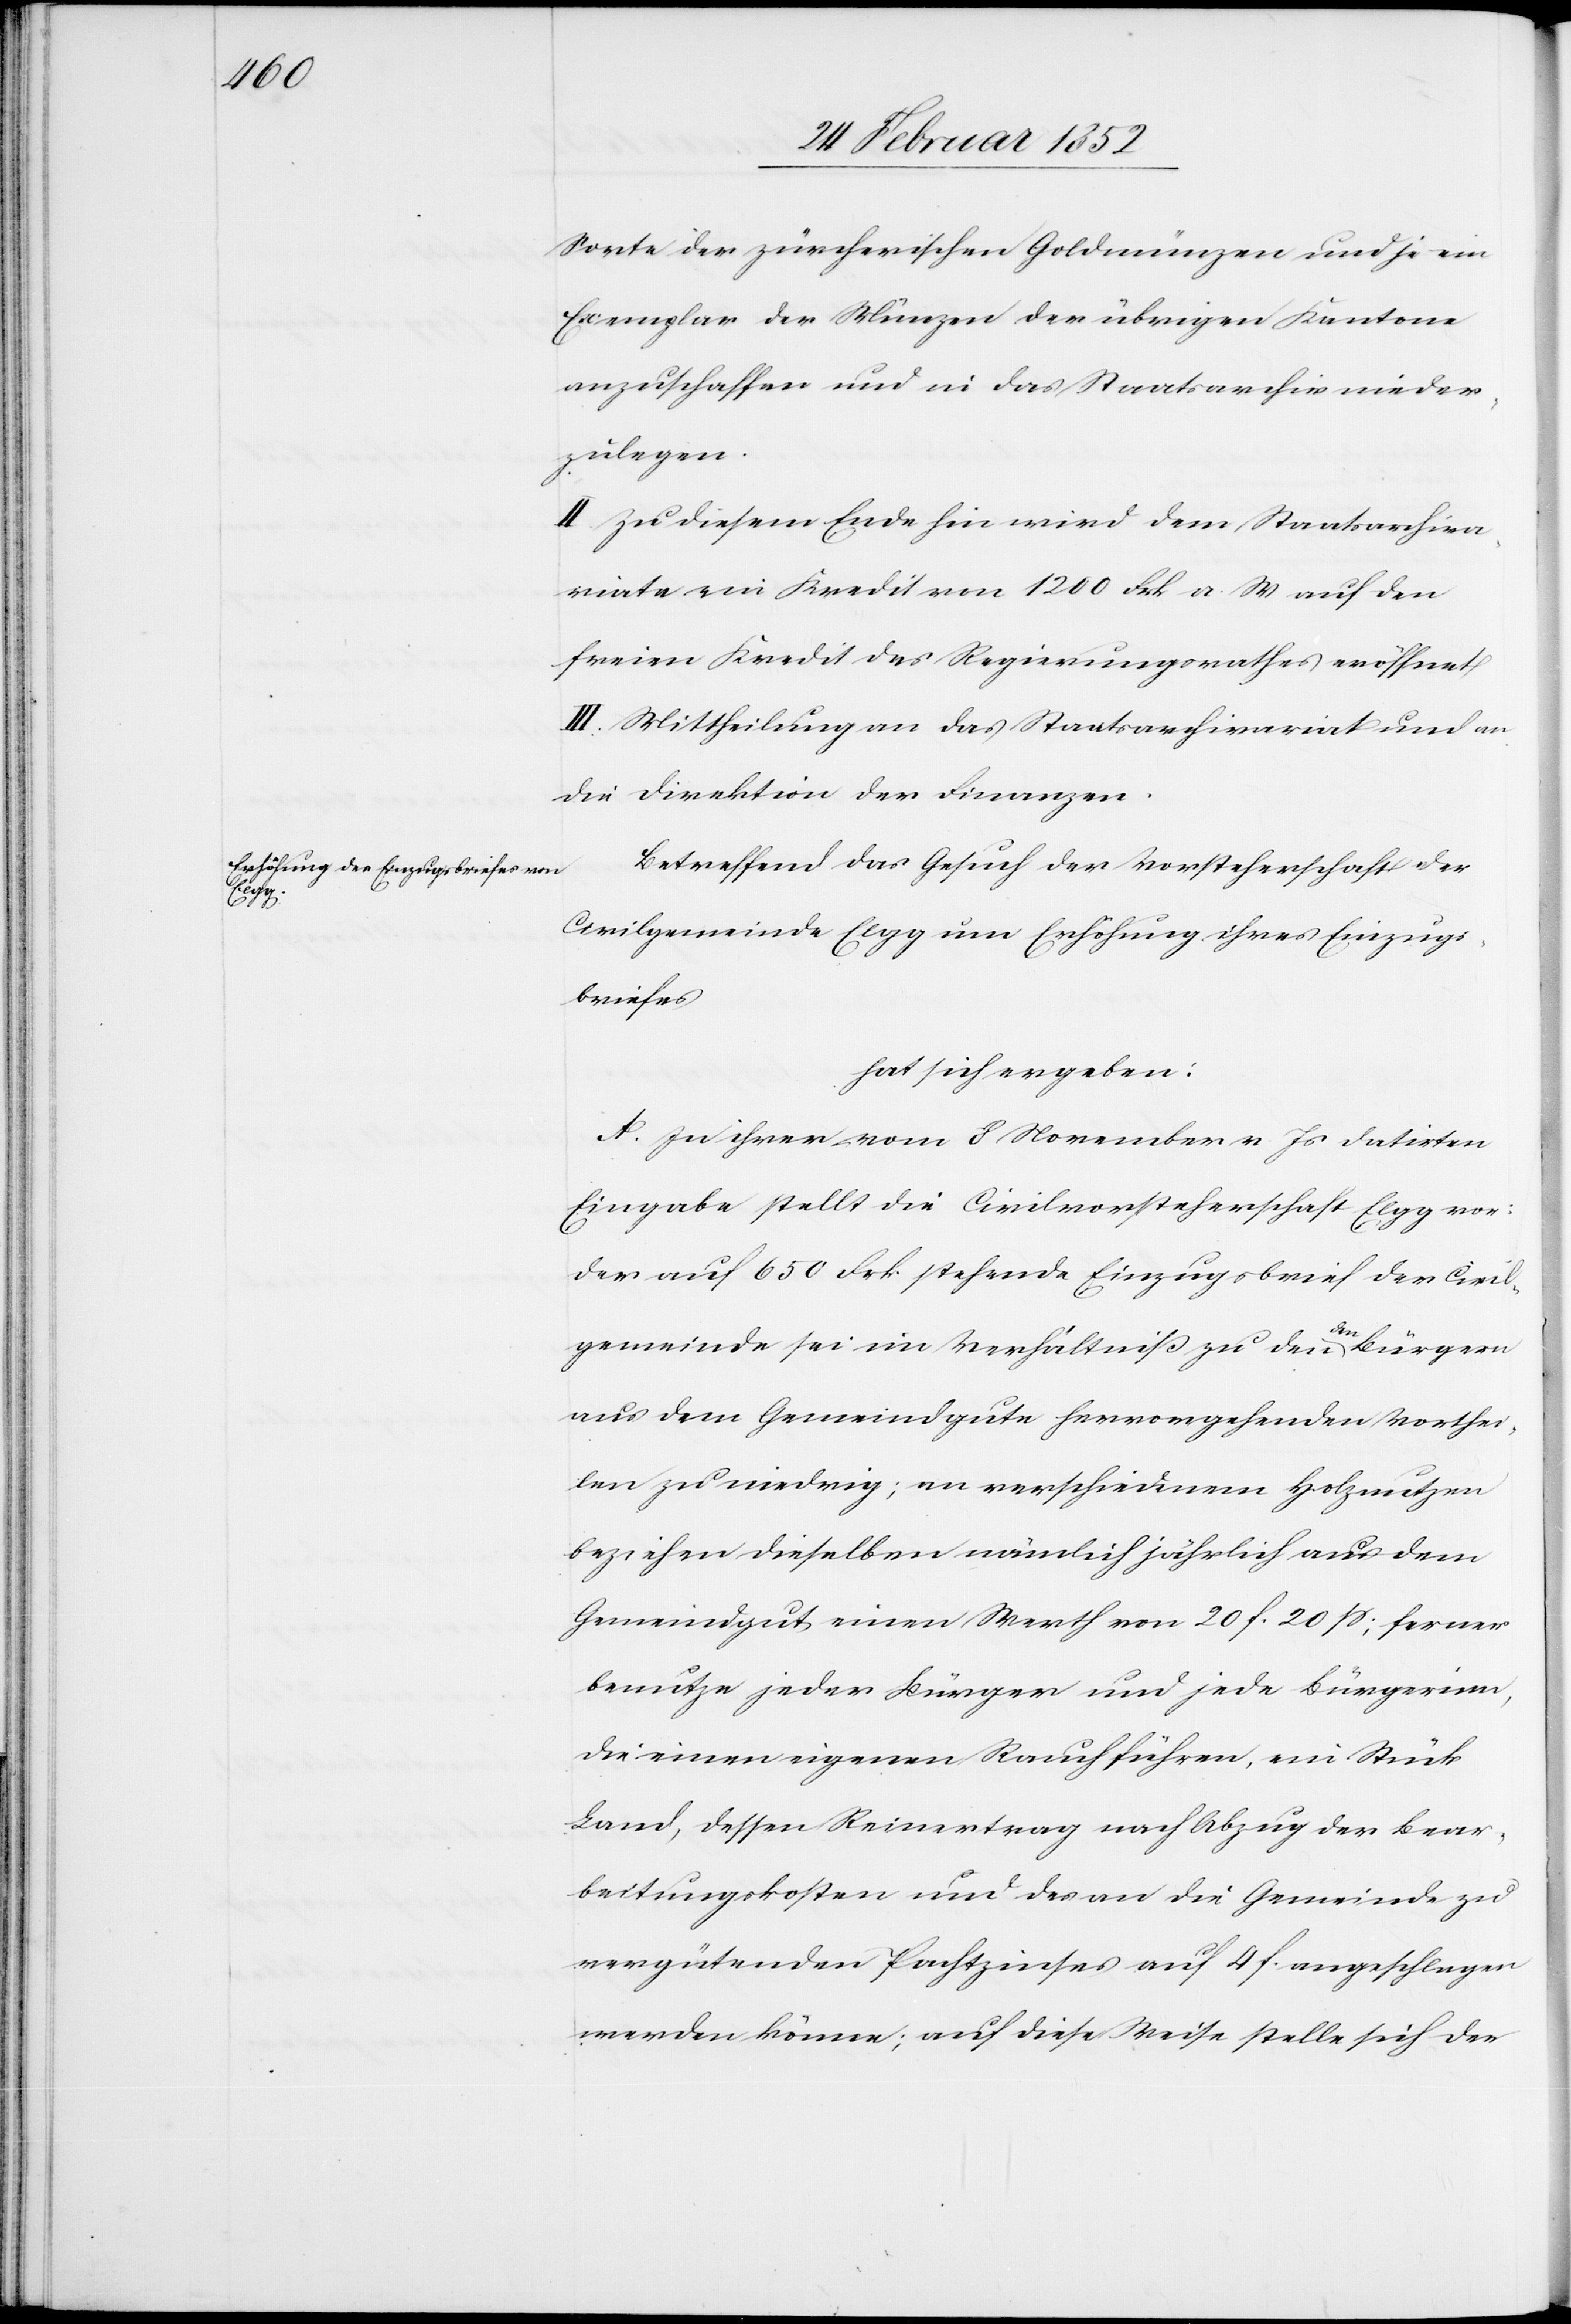
Sorte der zürcherischen Goldmünzen und je ein
Exemplar der Münzen der übrigen Kantone
anzuschaffen und in das Staatsarchiv nieder¬
zulegen.
II. Zu diesem Ende hin wird dem Staatsarchiva¬
riate ein Kredit von 1200 Frk. a. W. auf den
freien Kredit des Regierungsrathes eröffnet.
III. Mittheilung an das Staatsarchivariat und an
die Direktion der Finanzen.
Betreffend das Gesuch der Vorsteherschaft der
Civilgemeinde Elgg um Erhöhung ihres Einzugs¬
briefes.
Hat sich ergeben:
A. In ihrer vom 8 November v. Js datirten
Eingabe stellt die Civilvorsteherschaft Elgg vor:
Der auf 650 Frk. stehende Einzugsbrief der Civil¬
gemeinde sei im Verhältniß zu den den Bürgern
aus dem Gemeindgute hervorgehenden Vorthei¬
len zu niedrig; an verschiedenen Holznutzen
beziehen dieselben nämlich jährlich aus dem
Gemeindgut einen Werth von 20 f. 20 ß; ferner
benutze jeder Bürger und jede Bürgerinn,
die einen eigenen Rauch führe, ein Stück
Land, dessen Reinertrag nach Abzug der Bear¬
beitungskosten und des an die Gemeinde zu
vergütenden Pachtzinses auf 4 f. angeschlagen
werden könne; auf diese Weise stelle sich der